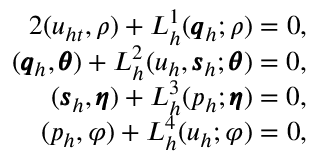
\begin{array} { r } { { 2 } ( u _ { h t } , \rho ) + L _ { h } ^ { 1 } ( \pmb { q } _ { h } ; \rho ) = 0 , } \\ { ( \pmb { q } _ { h } , \pmb { \theta } ) + L _ { h } ^ { 2 } ( u _ { h } , \pmb { s } _ { h } ; \pmb { \theta } ) = 0 , } \\ { ( \pmb { s } _ { h } , \pmb { \eta } ) + L _ { h } ^ { 3 } ( p _ { h } ; \pmb { \eta } ) = 0 , } \\ { ( p _ { h } , \varphi ) + L _ { h } ^ { 4 } ( u _ { h } ; \varphi ) = 0 , } \end{array}